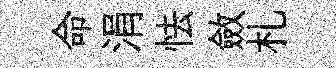
命涓怯斂札